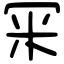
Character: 冞